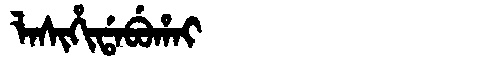
Manchu: ᠯᠠᠰᡳᡥᡳᡩᠠᠪᡠᡥᠠᡳ
Romanization: LASIHIDABUHAI